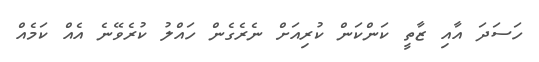
ހަސަދަ އާއި ޒާތީ ކަންކަން ކުރިއަށް ނެރެގެން ހައްލު ކުރެވޭނެ އެއް ކަމެއް